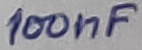
Text: 100nF